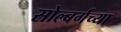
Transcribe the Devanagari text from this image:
सोल्बर्गच्या